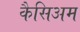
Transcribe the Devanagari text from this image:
कैसिअम